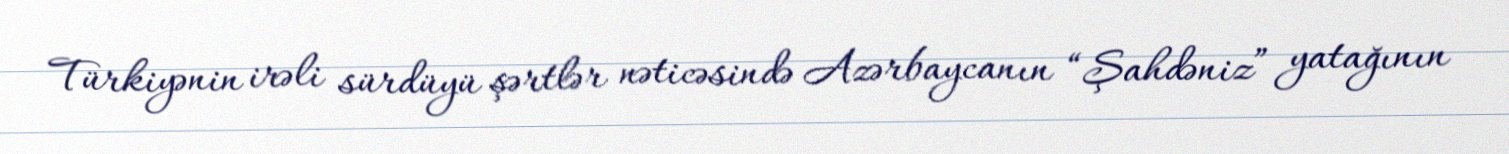
Türkiyənin irəli sürdüyü şərtlər nəticəsində Azərbaycanın “Şahdəniz” yatağının